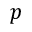
p